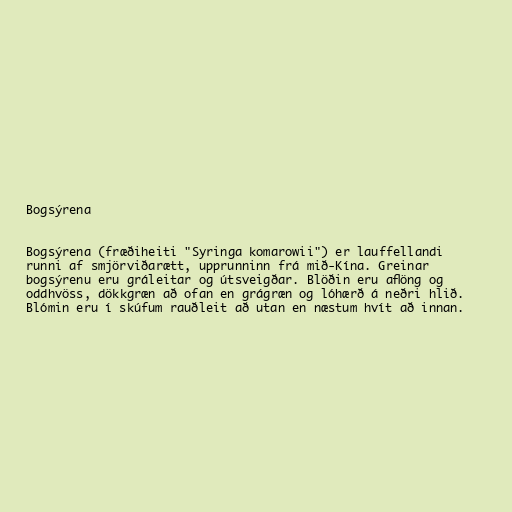
Bogsýrena

Bogsýrena (fræðiheiti "Syringa komarowii") er lauffellandi
runni af smjörviðarætt, upprunninn frá mið-Kína. Greinar
bogsýrenu eru gráleitar og útsveigðar. Blöðin eru aflöng og
oddhvöss, dökkgræn að ofan en grágræn og lóhærð á neðri hlið.
Blómin eru í skúfum rauðleit að utan en næstum hvít að innan.